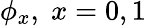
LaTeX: \phi_{x},\; x=0,1